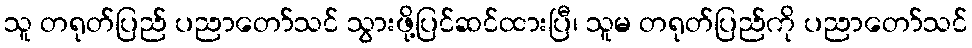
သူ တရုတ်ပြည် ပညာတော်သင် သွားဖို့ပြင်ဆင်ထားပြီ၊ သူမ တရုတ်ပြည်ကို ပညာတော်သင်